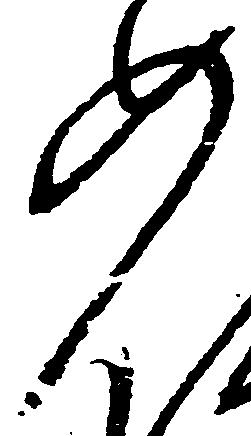
如